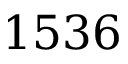
1 5 3 6